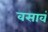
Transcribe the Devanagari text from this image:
वसावं